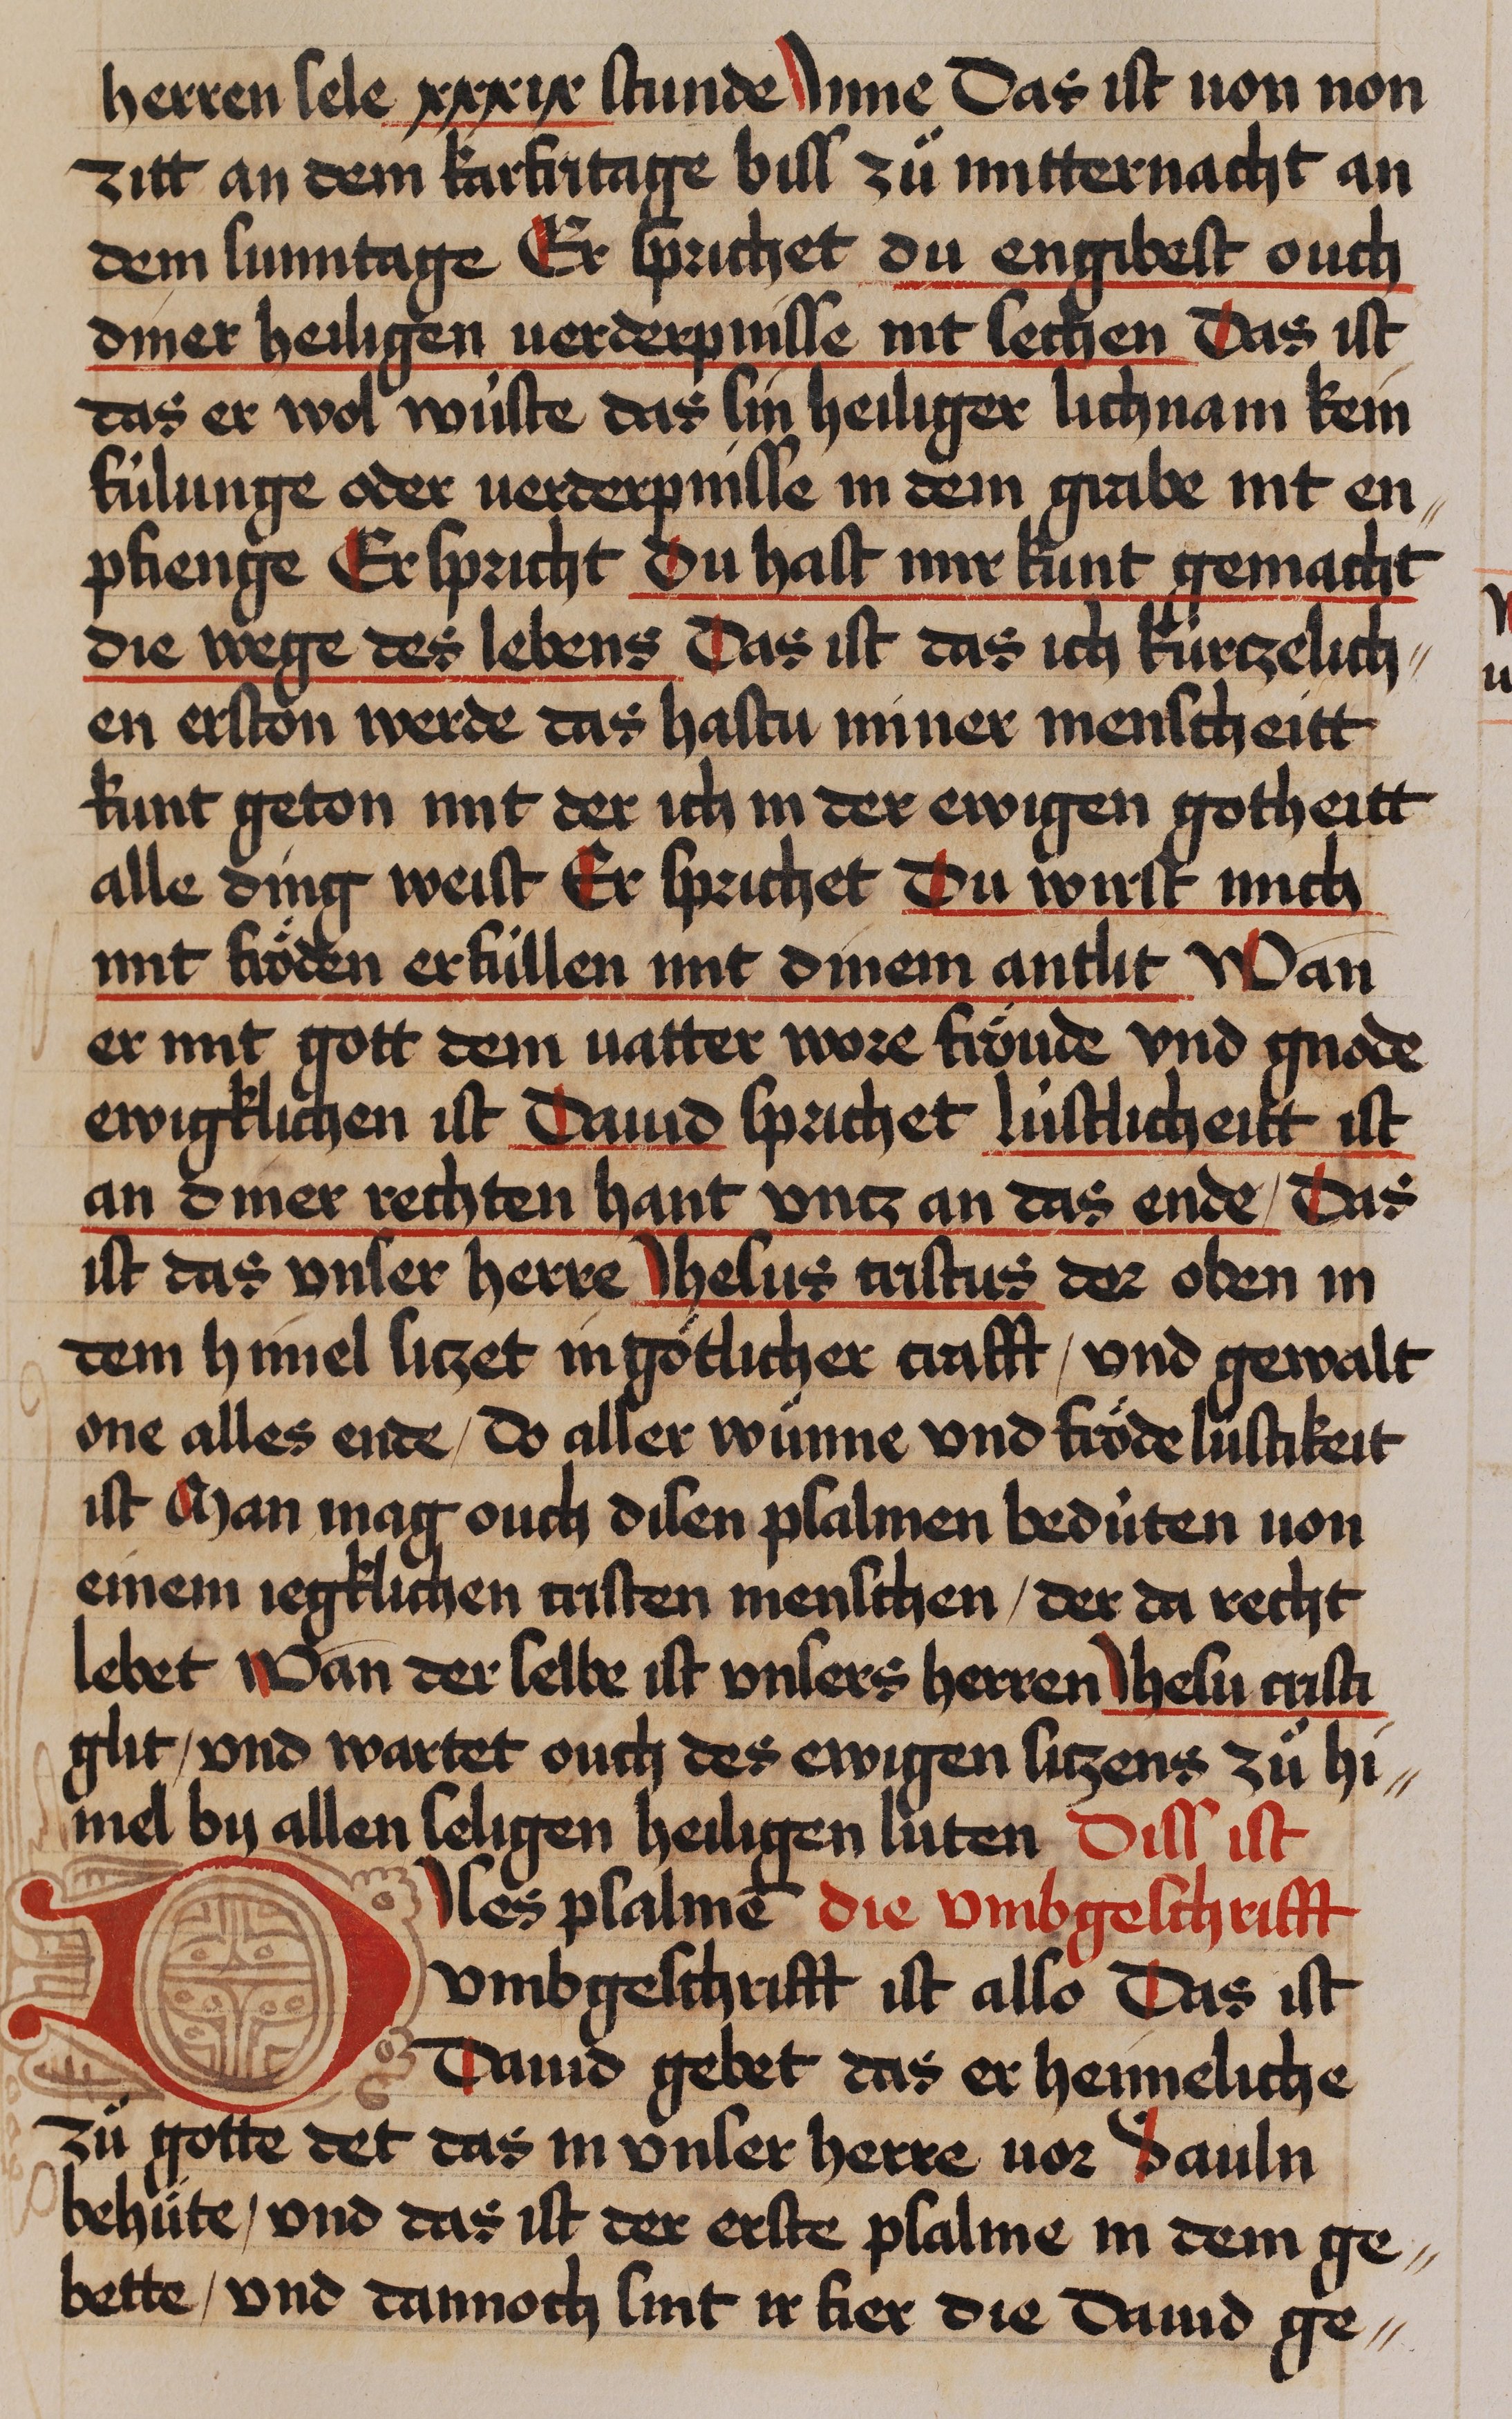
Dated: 1435–1465